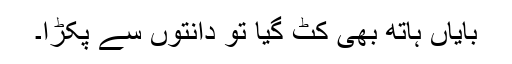
بایاں ہاتھ بھی کٹ گیا تو دانتوں سے پکڑا۔